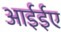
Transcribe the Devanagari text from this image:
आईईए